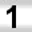
Digit: 1